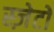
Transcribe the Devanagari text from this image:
स्ज़ेटो